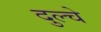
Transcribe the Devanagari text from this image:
दुल्चे